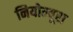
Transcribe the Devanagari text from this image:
नियोम्यूरा